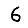
Digit: 6